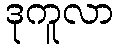
ဒုကူလာ